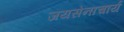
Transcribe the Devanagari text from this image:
जयसेनाचार्य